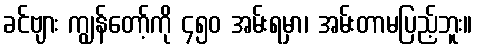
ခင်ဗျား ကျွန်တော့်ကို ၄၅၀ အမ်းရမှာ၊ အမ်းတာမပြည့်ဘူး။